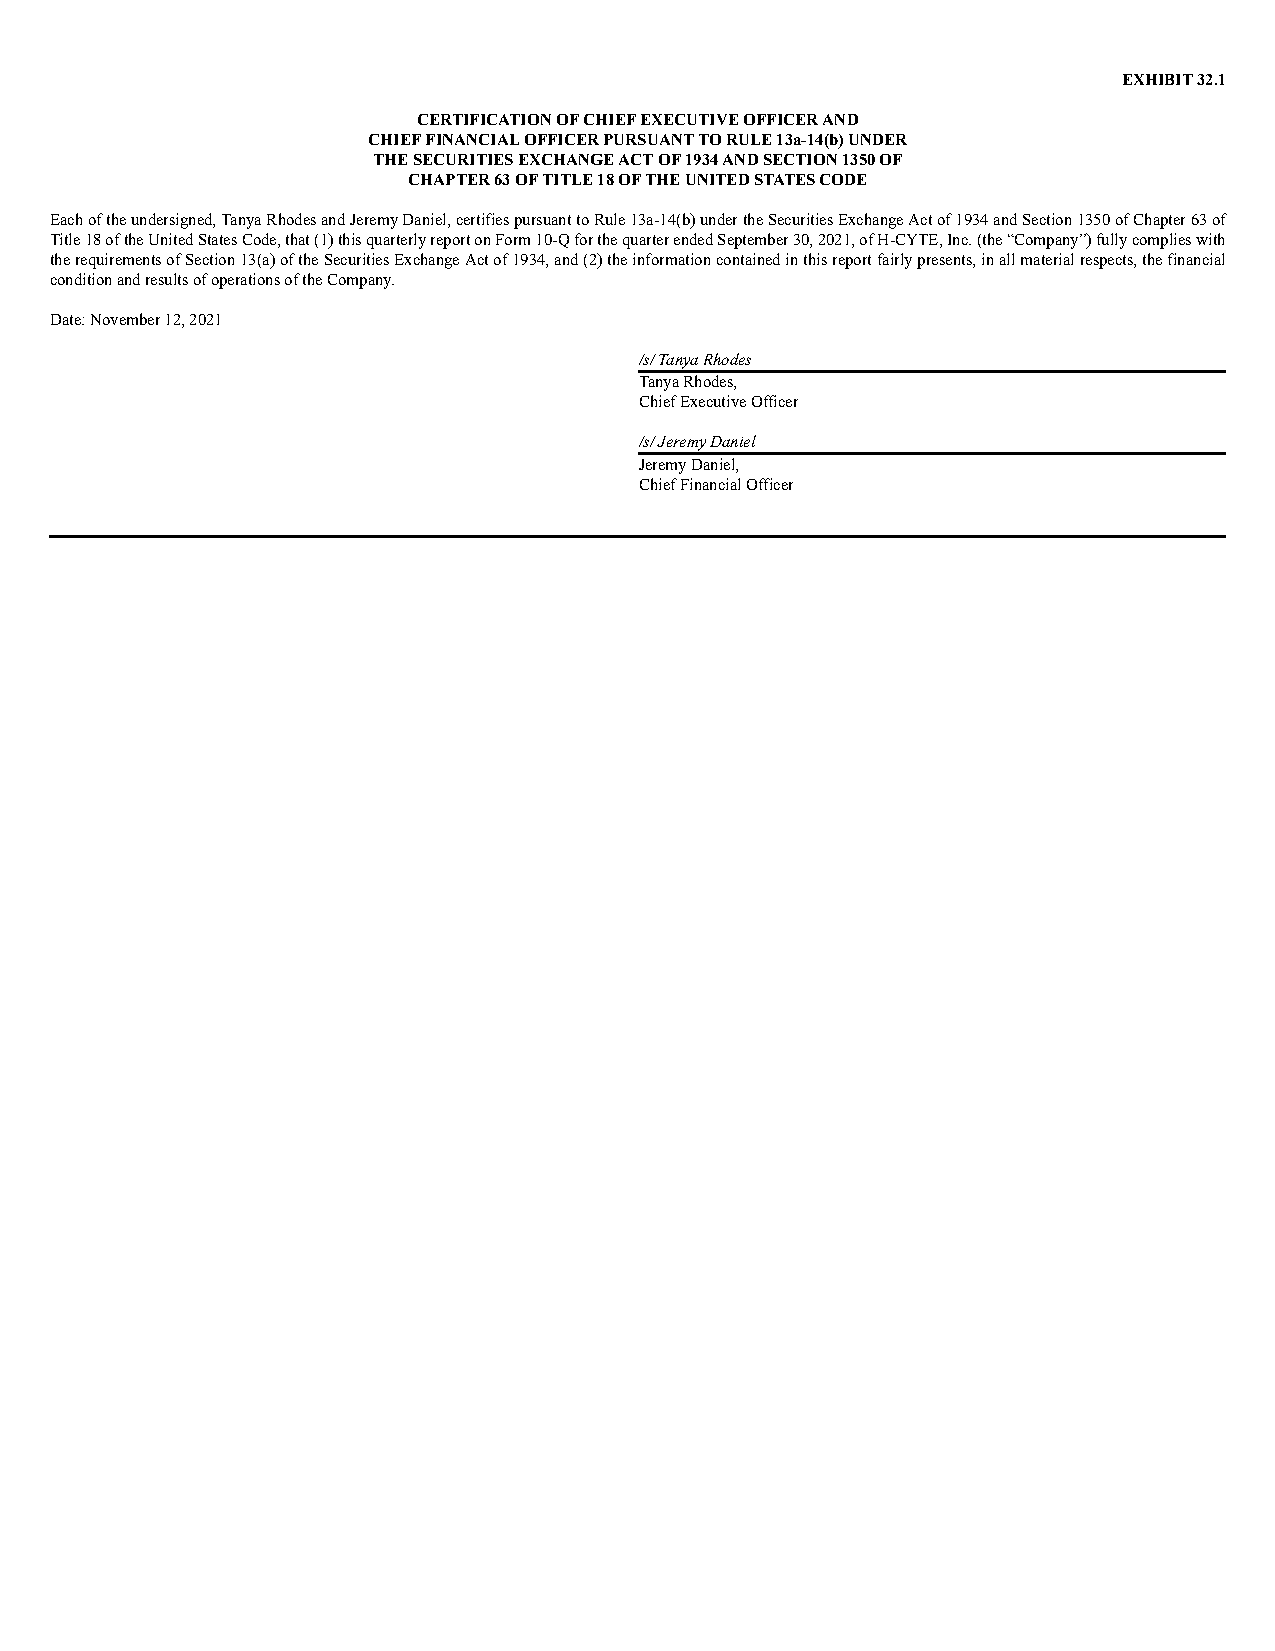
EXHIBIT 32.1
 CERTIFICATION OF CHIEF EXECUTIVE OFFICER AND
 CHIEF FINANCIAL OFFICER PURSUANT TO RULE 13a-14(b) UNDER
 THE SECURITIES EXCHANGE ACT OF 1934 AND SECTION 1350 OF
 CHAPTER 63 OF TITLE 18 OF THE UNITED STATES CODE
 Each of the undersigned, Tanya Rhodes and Jeremy Daniel, certifies pursuant to Rule 13a-14(b) under the Securities Exchange Act of 1934 and Section 1350 of Chapter 63 of
 Title 18 of the United States Code, that (1) this quarterly report on Form 10-Q for the quarter ended September 30, 2021, of H-CYTE, Inc. (the “Company”) fully complies with
 the requirements of Section 13(a) of the Securities Exchange Act of 1934, and (2) the information contained in this report fairly presents, in all material respects, the financial
 condition and results of operations of the Company.
 Date: November 12, 2021
 /s/ Tanya Rhodes
 Tanya Rhodes,
 Chief Executive Officer
 /s/ Jeremy Daniel
 Jeremy Daniel,
 Chief Financial Officer